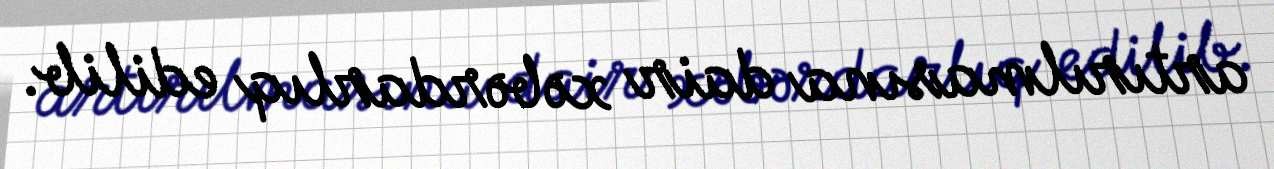
artırılmasına dair xəbərdarlıq edilib.